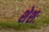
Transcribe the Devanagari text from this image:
शेशः